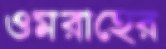
ওমরাহের